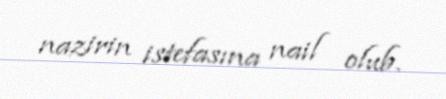
nazirin istefasına nail olub.